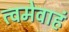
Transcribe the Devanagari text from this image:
त्वमेवाहं